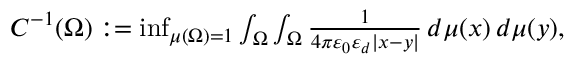
\begin{array} { r } { C ^ { - 1 } ( \Omega ) : = \operatorname* { i n f } _ { \mu ( \Omega ) = 1 } \int _ { \Omega } \int _ { \Omega } { \frac { 1 } { 4 \pi \varepsilon _ { 0 } \varepsilon _ { d } | x - y | } } \, d \mu ( x ) \, d \mu ( y ) , } \end{array}